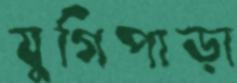
যুগিপাড়া